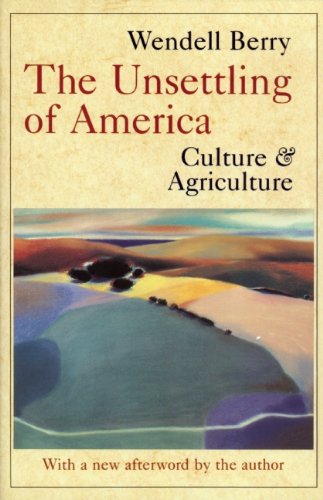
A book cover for The Unsettling of America: Culture & Agriculture; Wendell Berry; Science & Math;